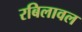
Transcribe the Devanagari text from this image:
रबिलावल